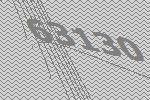
63130